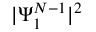
| \Psi _ { 1 } ^ { N - 1 } | ^ { 2 }